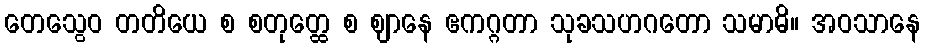
တေသွေဝ တတိယေ စ စတုတ္ထေ စ ဈာနေ ဧကဂ္ဂတာ သုခသဟဂတော သမာဓိ။ အဝသာနေ